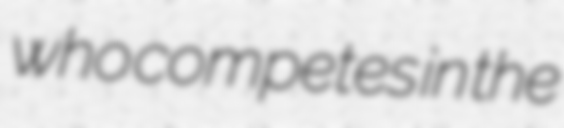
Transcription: who competes in the